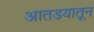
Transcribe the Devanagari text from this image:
आतडयातून